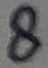
Text: 8